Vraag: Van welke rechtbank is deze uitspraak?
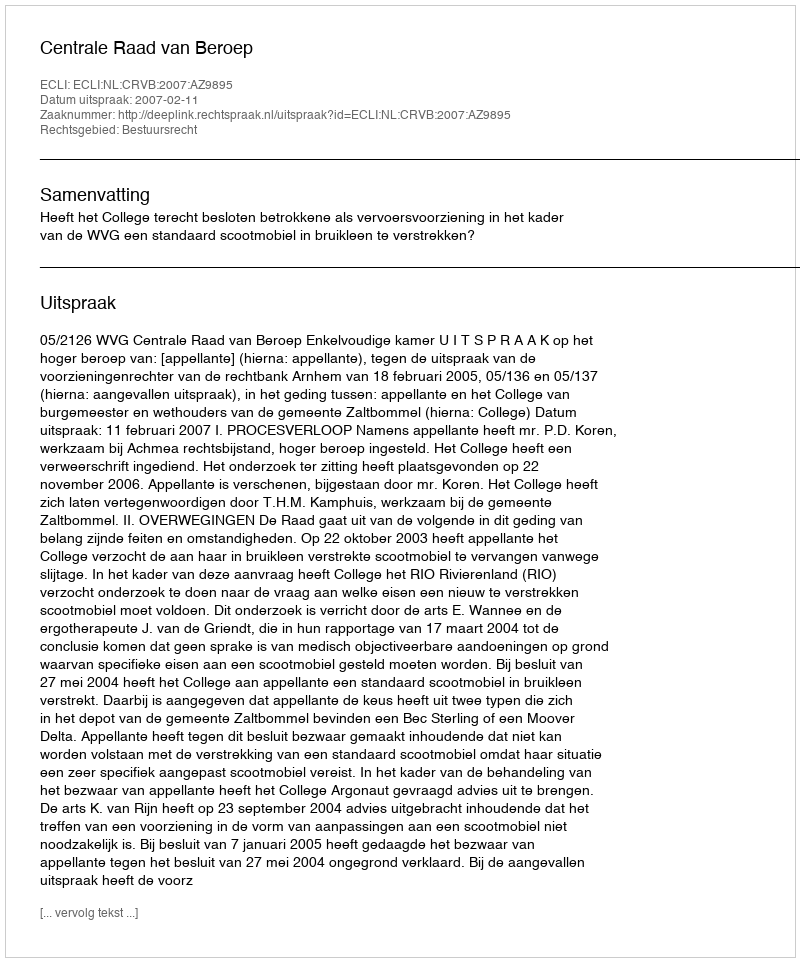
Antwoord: Centrale Raad van Beroep